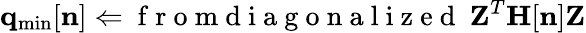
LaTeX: {\mathbf q}_{\mathrm{min}}[{\mathbf n}]\Leftarrow\mathrm{~f~r~o~m~d~i~a~g~o~n~a~l~i~z~e~d~}~{\mathbf Z}^{T}{\mathbf H}[{\mathbf n}]{\mathbf Z}